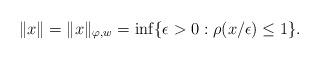
LaTeX: \begin{align*} \|x\| = \|x\|_{\varphi,w} = \inf \{ \epsilon>0: \rho(x/\epsilon) \le 1\}. \end{align*}